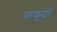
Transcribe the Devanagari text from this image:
फफूदों